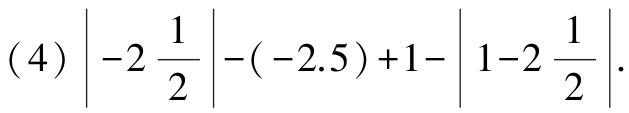
(4) $\left|-2\frac{1}{2}\right|-(-2.5)+1-\left|1 - 2\frac{1}{2}\right|$